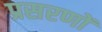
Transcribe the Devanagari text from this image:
प्रसरणों